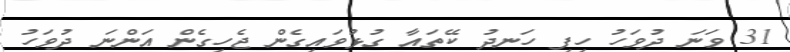
31 ވަނަ ދުވަހު ހިފި ހަނދު ކޭތައާ ގުޅުވައިގެން ޖެހިގެން އަންނަ ދުވަހު